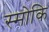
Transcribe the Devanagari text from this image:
स्मोकि